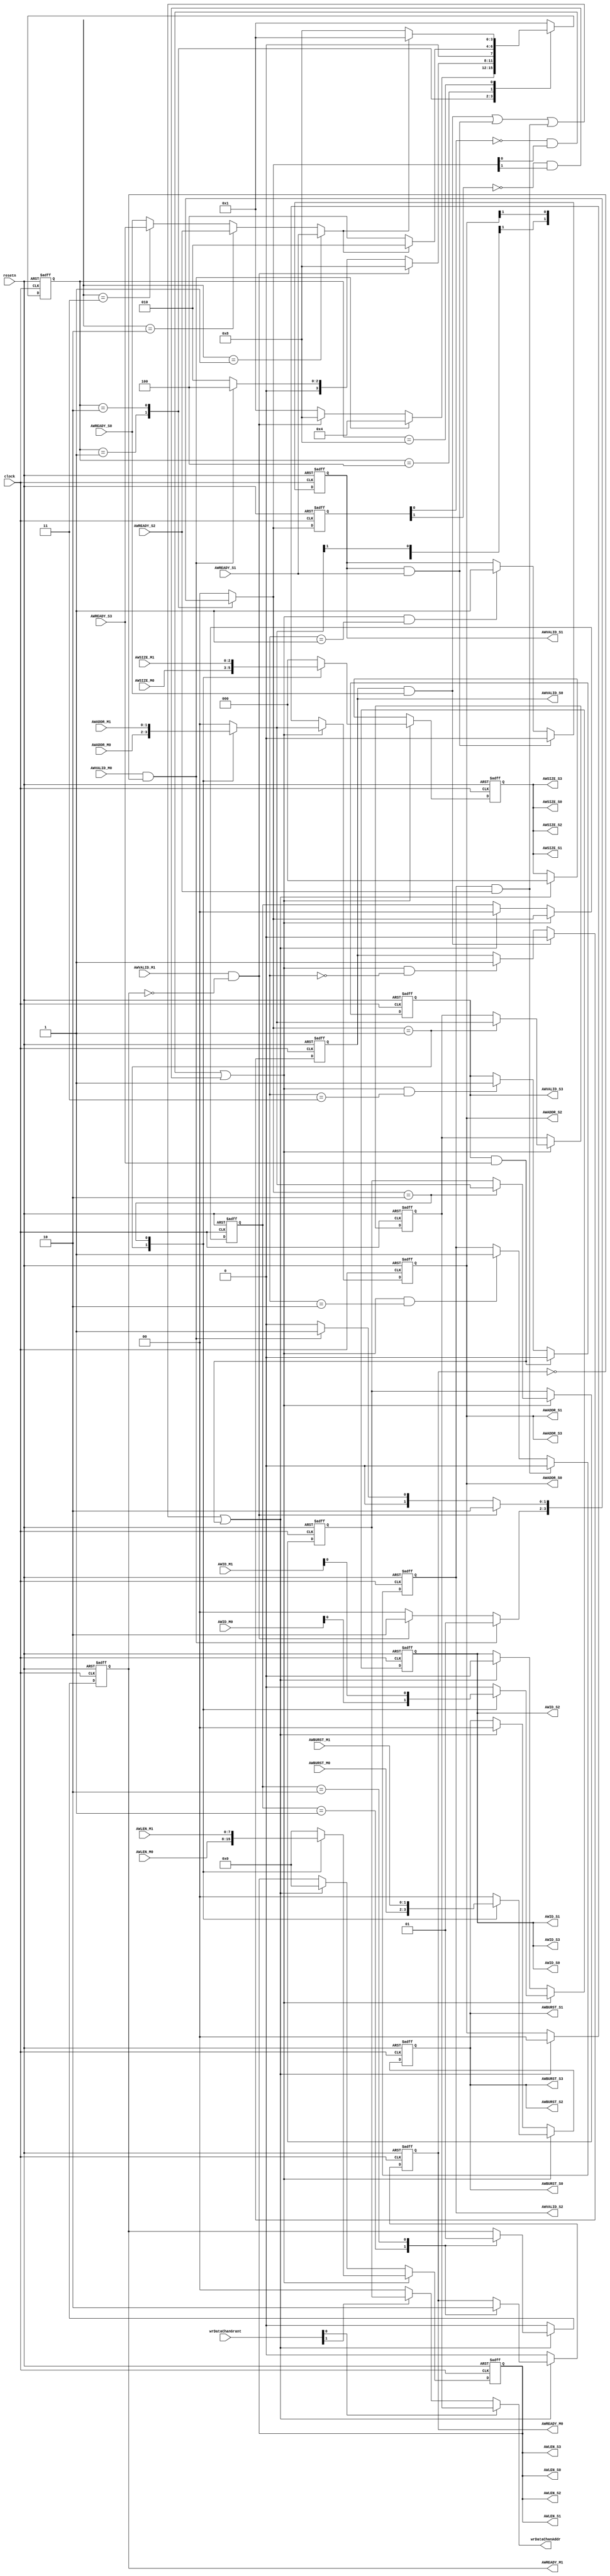
module interconnect_writeAddressChannel(
    // General inputs
    clock,
    resetn,

    // Master 0 inputs
    AWVALID_M0,
    AWADDR_M0,
    AWID_M0,
    AWLEN_M0,
    AWSIZE_M0,
    AWBURST_M0,
    
    // Master 1 inputs
    AWVALID_M1,
    AWADDR_M1,
    AWID_M1,
    AWLEN_M1,
    AWSIZE_M1,
    AWBURST_M1,
    
    // Slave 0 inputs
    AWREADY_S0,    
    
    // Slave 1 inputs
    AWREADY_S1,
    
    // Slave 2 inputs
    AWREADY_S2,
    
    // Slave 3 inputs
    AWREADY_S3,
    
    // Write data channel inputs
    wrDataChanGrant,
    
    // Master 0 outputs
    AWREADY_M0,
    
    // Master 1 outputs
    AWREADY_M1,
    
    // Slave 0 outputs
    AWVALID_S0,
    AWADDR_S0,
    AWID_S0,
    AWLEN_S0,
    AWSIZE_S0,
    AWBURST_S0,
    
    // Slave 1 outputs
    AWVALID_S1,
    AWADDR_S1,
    AWID_S1,
    AWLEN_S1,
    AWSIZE_S1,
    AWBURST_S1,
    
    // Slave 2 outputs
    AWVALID_S2,
    AWADDR_S2,
    AWID_S2,
    AWLEN_S2,
    AWSIZE_S2,
    AWBURST_S2,
    
    // Slave 3 outputs
    AWVALID_S3,
    AWADDR_S3,
    AWID_S3,
    AWLEN_S3,
    AWSIZE_S3,
    AWBURST_S3,
    
    // Write data channel outputs
    wrDataChanAddr
);

////////////////////////////////////////////////////////////////////////////////
// Parameters
////////////////////////////////////////////////////////////////////////////////
parameter ID_WIDTH = 0;
parameter AWIDTH   = 0;

////////////////////////////////////////////////////////////////////////////////
// Port directions
////////////////////////////////////////////////////////////////////////////////
// General inputs
input                       clock;
input                       resetn;

// Master 0 inputs
input                       AWVALID_M0;
input   [AWIDTH-1:0]        AWADDR_M0;
input   [ID_WIDTH-1:0]      AWID_M0;
input   [7:0]               AWLEN_M0;
input   [2:0]               AWSIZE_M0;
input   [1:0]               AWBURST_M0;

// Master 1 inputs
input                       AWVALID_M1;
input   [AWIDTH-1:0]        AWADDR_M1;
input   [ID_WIDTH-1:0]      AWID_M1;
input   [7:0]               AWLEN_M1;
input   [2:0]               AWSIZE_M1;
input   [1:0]               AWBURST_M1;

// Slave 0 inputs
input                       AWREADY_S0;    

// Slave 1 inputs
input                       AWREADY_S1;

// Slave 2 inputs
input                       AWREADY_S2;

// Slave 3 inputs
input                       AWREADY_S3;

// Write data channel inputs
input   [1:0]               wrDataChanGrant;

// Master 0 outputs
output reg                  AWREADY_M0;

// Master 1 outputs
output reg                  AWREADY_M1;

// Slave 0 outputs
output reg                  AWVALID_S0;
output      [AWIDTH-1:0]    AWADDR_S0;
output      [ID_WIDTH:0]    AWID_S0;
output      [7:0]           AWLEN_S0;
output      [2:0]           AWSIZE_S0;
output      [1:0]           AWBURST_S0;

// Slave 1 outputs
output reg                  AWVALID_S1;
output      [AWIDTH-1:0]    AWADDR_S1;
output      [ID_WIDTH:0]    AWID_S1;
output      [7:0]           AWLEN_S1;
output      [2:0]           AWSIZE_S1;
output      [1:0]           AWBURST_S1;

// Slave 2 outputs
output reg                  AWVALID_S2;
output      [AWIDTH-1:0]    AWADDR_S2;
output      [ID_WIDTH:0]    AWID_S2;
output      [7:0]           AWLEN_S2;
output      [2:0]           AWSIZE_S2;
output      [1:0]           AWBURST_S2;

// Slave 3 outputs
output reg                  AWVALID_S3;
output      [AWIDTH-1:0]    AWADDR_S3;
output      [ID_WIDTH:0]    AWID_S3;
output      [7:0]           AWLEN_S3;
output      [2:0]           AWSIZE_S3;
output      [1:0]           AWBURST_S3;

// Write data channel outputs
output      [AWIDTH-1:0]    wrDataChanAddr;

////////////////////////////////////////////////////////////////////////////////
// Constants
////////////////////////////////////////////////////////////////////////////////
localparam [3:0] M0_PRI_IDLE   = 4'b0001;
localparam [3:0] M1_PRI_IDLE   = 4'b0010;
localparam [3:0] M0_WAIT_READY = 4'b0100;
localparam [3:0] M1_WAIT_READY = 4'b1000;

////////////////////////////////////////////////////////////////////////////////
// Internal signals
////////////////////////////////////////////////////////////////////////////////
reg     [1:0]               grant;
reg     [1:0]               grantPrev;
wire                        grantRE;
wire                        AWREADYInt;
reg     [AWIDTH-1:0]        wrAddrHoldReg_M0;
reg     [AWIDTH-1:0]        wrAddrHoldReg_M1;
reg                         AWVALIDInt;
reg     [AWIDTH-1:0]        AWADDRInt;
reg     [2:0]               AWSIZEInt;
reg     [ID_WIDTH:0]        AWIDInt;
reg     [7:0]               AWLENInt;
reg     [1:0]               AWBURSTInt;
reg     [AWIDTH-1:0]        AWADDROut;
reg     [2:0]               AWSIZEOut;
reg     [ID_WIDTH:0]        AWIDOut;
reg     [7:0]               AWLENOut;
reg     [1:0]               AWBURSTOut;
reg     [3:0]               currState;
reg     [3:0]               nextState;
reg     [1:0]               grantReg;

////////////////////////////////////////////////////////////////////////////////
// grant rising edge detect
////////////////////////////////////////////////////////////////////////////////
always @ (posedge clock or negedge resetn)
    begin
        if (!resetn)
            begin
                grantPrev <= 2'b0;
            end
        else
            begin
                grantPrev <= grant;
            end
    end
assign grantRE = (!grantPrev[0] & grant[0]) || (!grantPrev[1] & grant[1]);

////////////////////////////////////////////////////////////////////////////////
// grant register
////////////////////////////////////////////////////////////////////////////////
always @ (posedge clock or negedge resetn)
    begin
        if (!resetn)
            begin
                grantReg <= 2'b0;
            end
        else if (grantRE)
            begin
                grantReg <= grant;
            end
        else if ((AWVALID_S0 & AWREADY_S0) || (AWVALID_S1 & AWREADY_S1) ||
                 (AWVALID_S2 & AWREADY_S2) || (AWVALID_S3 & AWREADY_S3) )
            begin
                grantReg <= 2'b0;
            end
    end

////////////////////////////////////////////////////////////////////////////////
// AWREADY output register
////////////////////////////////////////////////////////////////////////////////
always @ (posedge clock or negedge resetn)
    begin
        if (!resetn)
            begin
                AWREADY_M0 = 1'b0;
                AWREADY_M1 = 1'b0;
            end
        else
            begin
                if ((AWVALID_S0 & AWREADY_S0) || (AWVALID_S1 & AWREADY_S1) ||
                    (AWVALID_S2 & AWREADY_S2) || (AWVALID_S3 & AWREADY_S3) )
                    begin
                        case (grantReg)
                            2'b01:
                                begin
                                    AWREADY_M0 = 1'b1;
                                    AWREADY_M1 = 1'b0;
                                end
                            2'b10:
                                begin
                                    AWREADY_M0 = 1'b0;
                                    AWREADY_M1 = 1'b1;
                                end
                            default:
                                begin
                                end
                        endcase
                    end
                else
                    begin
                        AWREADY_M0 = 1'b0;
                        AWREADY_M1 = 1'b0;
                    end
            end
    end

////////////////////////////////////////////////////////////////////////////////
// AWVALID input mux
////////////////////////////////////////////////////////////////////////////////
always @ (*)
    begin
        // Default assignments
        AWVALIDInt = 1'b0;
        AWADDRInt  = {AWIDTH{1'b0}};
        AWSIZEInt  = 3'b0;
        AWIDInt    = {(ID_WIDTH+1){1'b0}};
        AWLENInt   = 8'b0;
        AWBURSTInt = 2'b0;
        case (grant)
            2'b01:
                begin
                    AWVALIDInt = AWVALID_M0;
                    AWADDRInt  = AWADDR_M0;
                    AWSIZEInt  = AWSIZE_M0;
                    AWIDInt    = {1'b0, AWID_M0};
                    AWLENInt   = AWLEN_M0;
                    AWBURSTInt = AWBURST_M0;
                end
            2'b10:
                begin
                    AWVALIDInt = AWVALID_M1;
                    AWADDRInt  = AWADDR_M1;
                    AWSIZEInt  = AWSIZE_M1;
                    AWIDInt    = {1'b1, AWID_M1};
                    AWLENInt   = AWLEN_M1;
                    AWBURSTInt = AWBURST_M1;
                end
            default:
                begin
                end
        endcase
    end

////////////////////////////////////////////////////////////////////////////////
// Write address register
////////////////////////////////////////////////////////////////////////////////
always @ (posedge clock or negedge resetn)
    begin
        if (!resetn)
            begin
                AWADDROut  <= {AWIDTH{1'b0}};
                AWSIZEOut  <= 3'b0;
                AWIDOut    <= {(ID_WIDTH+1){1'b0}};
                AWLENOut   <= 8'b0;
                AWBURSTOut <= 2'b0;
            end
        else
            begin
                if (grantRE)
                    begin
                        AWADDROut  <= AWADDRInt;
                        AWSIZEOut  <= AWSIZEInt;
                        AWIDOut    <= AWIDInt;
                        AWLENOut   <= AWLENInt;
                        AWBURSTOut <= AWBURSTInt;
                    end
                else if ((AWVALID_S0 & AWREADY_S0) || (AWVALID_S1 & AWREADY_S1) ||
                         (AWVALID_S2 & AWREADY_S2) || (AWVALID_S3 & AWREADY_S3) )
                    begin
                        AWADDROut  <= {AWIDTH{1'b0}};
                        AWSIZEOut  <= 3'b0;
                        AWIDOut    <= {(ID_WIDTH+1){1'b0}};
                        AWLENOut   <= 8'b0;
                        AWBURSTOut <= 2'b0;
                    end
            end
    end

// Write address channel shared bus
assign AWADDR_S0  = AWADDROut;
assign AWADDR_S1  = AWADDROut;
assign AWADDR_S2  = AWADDROut;
assign AWADDR_S3  = AWADDROut;
assign AWSIZE_S0  = AWSIZEOut;
assign AWSIZE_S1  = AWSIZEOut;
assign AWSIZE_S2  = AWSIZEOut;
assign AWSIZE_S3  = AWSIZEOut;
assign AWID_S0    = AWIDOut;
assign AWID_S1    = AWIDOut;
assign AWID_S2    = AWIDOut;
assign AWID_S3    = AWIDOut;
assign AWLEN_S0   = AWLENOut;
assign AWLEN_S1   = AWLENOut;
assign AWLEN_S2   = AWLENOut;
assign AWLEN_S3   = AWLENOut;
assign AWBURST_S0 = AWBURSTOut;
assign AWBURST_S1 = AWBURSTOut;
assign AWBURST_S2 = AWBURSTOut;
assign AWBURST_S3 = AWBURSTOut;

////////////////////////////////////////////////////////////////////////////////
// Write address hold register
////////////////////////////////////////////////////////////////////////////////
always @ (posedge clock or negedge resetn)
    begin
        if (!resetn)
            begin
                wrAddrHoldReg_M0 <= {AWIDTH{1'b0}};
                wrAddrHoldReg_M1 <= {AWIDTH{1'b0}};
            end
        else
            begin
                if (grantRE)
                    begin
                        case (grant)
                            2'b01:
                                begin
                                    wrAddrHoldReg_M0 <= AWADDRInt;
                                    wrAddrHoldReg_M1 <= wrAddrHoldReg_M1;
                                end
                            2'b10:
                                begin
                                    wrAddrHoldReg_M0 <= wrAddrHoldReg_M0;
                                    wrAddrHoldReg_M1 <= AWADDRInt;
                                end
                            default:
                                begin
                                end
                        endcase
                    end
            end
    end

assign wrDataChanAddr = (wrDataChanGrant[0]) ? wrAddrHoldReg_M0 :
                        (wrDataChanGrant[1]) ? wrAddrHoldReg_M1 :
                        {AWIDTH{1'b0}};

////////////////////////////////////////////////////////////////////////////////
// AWVALID output register
////////////////////////////////////////////////////////////////////////////////
always @ (posedge clock or negedge resetn)
    begin
        if (!resetn)
            begin
                AWVALID_S0 <= 1'b0;
                AWVALID_S1 <= 1'b0;
                AWVALID_S2 <= 1'b0;
                AWVALID_S3 <= 1'b0;
            end
        else
            begin
                // Apportion the address space equally between the 4 slaves
                if (AWVALID_S0 & AWREADY_S0)
                    begin
                        AWVALID_S0 <= 1'b0;
                    end
                else if ((grantRE) & (AWADDRInt[AWIDTH-1:AWIDTH-2] == 2'b00))
                    begin
                        AWVALID_S0 <= 1'b1;
                    end
                if (AWVALID_S1 & AWREADY_S1)
                    begin
                        AWVALID_S1 <= 1'b0;
                    end
                else if ((grantRE) & (AWADDRInt[AWIDTH-1:AWIDTH-2] == 2'b01))
                    begin
                        AWVALID_S1 <= 1'b1;
                    end
                if (AWVALID_S2 & AWREADY_S2)
                    begin
                        AWVALID_S2 <= 1'b0;
                    end
                else if ((grantRE) & (AWADDRInt[AWIDTH-1:AWIDTH-2] == 2'b10))
                    begin
                        AWVALID_S2 <= 1'b1;
                    end
                if (AWVALID_S3 & AWREADY_S3)
                    begin
                        AWVALID_S3 <= 1'b0;
                    end
                else if ((grantRE) & (AWADDRInt[AWIDTH-1:AWIDTH-2] == 2'b11))
                    begin
                        AWVALID_S3 <= 1'b1;
                    end
            end
    end

////////////////////////////////////////////////////////////////////////////////
// AWREADY input mux
////////////////////////////////////////////////////////////////////////////////
assign AWREADYInt = (AWADDROut[AWIDTH-1:AWIDTH-2] == 2'b01) ? AWREADY_S1 :
                    (AWADDROut[AWIDTH-1:AWIDTH-2] == 2'b10) ? AWREADY_S2 :
                    (AWADDROut[AWIDTH-1:AWIDTH-2] == 2'b11) ? AWREADY_S3 :
                    AWREADY_S0;

////////////////////////////////////////////////////////////////////////////////
// Round robin arbiter
////////////////////////////////////////////////////////////////////////////////
always @ (posedge clock or negedge resetn)
    begin
        if (!resetn)
            begin
                currState <= M0_PRI_IDLE;
            end
        else
            begin
                currState <= nextState;
            end
    end

always @ (*)
    begin
        case (currState)
            M0_PRI_IDLE:
                begin
                    if (AWVALID_M0 & !AWREADY_M0)
                        begin
                            grant     = 2'b01;
                            nextState = M0_WAIT_READY;
                        end
                    else if (AWVALID_M1 & !AWREADY_M1)
                        begin
                            grant     = 2'b10;
                            nextState = M1_WAIT_READY;
                        end
                    else
                        begin
                            grant     = 2'b00;
                            nextState = M0_PRI_IDLE;
                        end
                end
            M1_PRI_IDLE:
                begin
                    if (AWVALID_M1 & !AWREADY_M1)
                        begin
                            grant     = 2'b10;
                            nextState = M1_WAIT_READY;
                        end
                    else if (AWVALID_M0 & !AWREADY_M0)
                        begin
                            grant     = 2'b01;
                            nextState = M0_WAIT_READY;
                        end
                    else
                        begin
                            grant     = 2'b00;
                            nextState = M1_PRI_IDLE;
                        end
                end
            M0_WAIT_READY:
                begin
                    grant = 2'b00;
                    if (AWREADYInt)
                        begin
                            nextState = M1_PRI_IDLE;
                        end
                    else
                        begin
                            nextState = M0_WAIT_READY;
                        end
                end
            M1_WAIT_READY:
                begin
                    grant = 2'b00;
                    if (AWREADYInt)
                        begin
                            nextState = M0_PRI_IDLE;
                        end
                    else
                        begin
                            nextState = M1_WAIT_READY;
                        end
                end
            default:
                begin
                    grant     = 2'b00;
                    nextState = M0_PRI_IDLE;
                end
        endcase
    end

endmodule